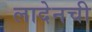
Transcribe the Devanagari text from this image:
लादेनची